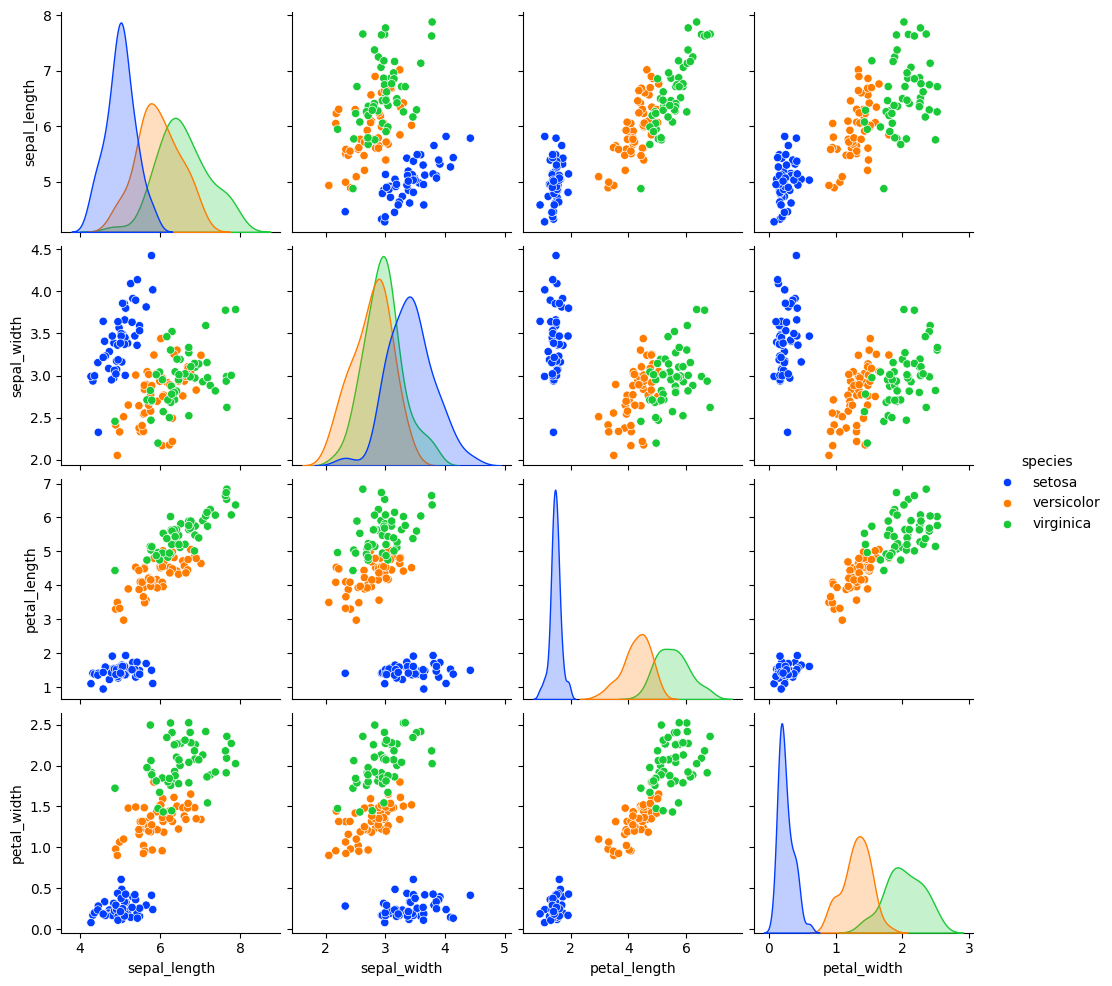
python, seaborn, pairplot, palette='bright', markers=['o'], kind='scatter', diag_kind='auto'